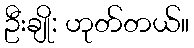
ဦးချို: ဟုတ်တယ်။